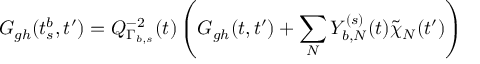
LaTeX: G _ { g h } ( t _ { s } ^ { b } , t ^ { \prime } ) = Q _ { \Gamma _ { b , s } } ^ { - 2 } ( t ) \left( G _ { g h } ( t , t ^ { \prime } ) + \sum _ { N } Y _ { b , N } ^ { ( s ) } ( t ) \tilde { \chi } _ { N } ( t ^ { \prime } ) \right)